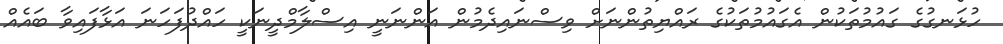
ހުޅަނގުގެ ގައުމުތަކުން އެގައުމުތަކުގެ ރައްޔިތުންނަށް ވިސްނައިދެމުން އަންނަނީ އިސްލާމްދީނަކީ ހައްދުފަހަނަ އަޅާފައިވާ ބައެއް